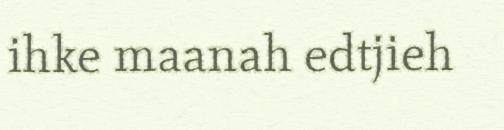
ihke maanah edtjieh